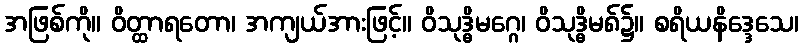
အဖြစ်ကို။ ဝိတ္ထာရတော၊ အကျယ်အားဖြင့်။ ဝိသုဒ္ဓိမဂ္ဂေ၊ ဝိသုဒ္ဓိမ၈်၌။ စရိယနိဒ္ဒေသေ၊